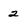
Character: 2